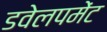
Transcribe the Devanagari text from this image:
डवेलपमेंट